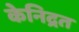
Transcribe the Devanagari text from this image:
केनिद्रत